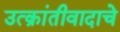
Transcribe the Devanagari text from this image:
उत्क्रांतीवादाचे